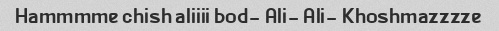
Hammmme chish aliiii bod- Ali- Ali- Khoshmazzzze